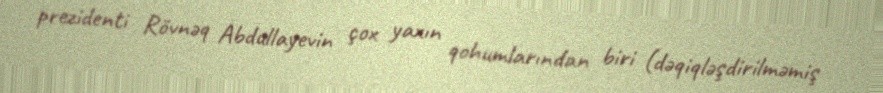
prezidenti Rövnəq Abdullayevin çox yaxın qohumlarından biri (dəqiqləşdirilməmiş